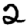
Digit: 2